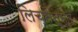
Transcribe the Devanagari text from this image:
लिच्तेन्स्तें